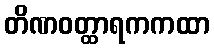
တိဏဝတ္ထာရကကထာ